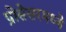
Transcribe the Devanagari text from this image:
प्रोसेसरमध्ये